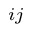
_ { i j }